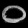
Digit: ၀